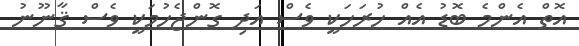
އޮތް އެންމެ ބޮޑު އެއް ހުރަހަކީ ވެސް އަދި ގޮންޖެހުމަކީ ވެސް ޤާނޫނު